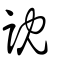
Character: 訦